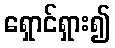
ရှောင်ရှား၍